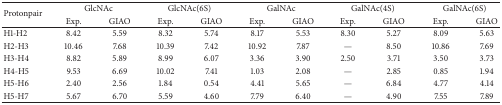
<table><thead><tr><td rowspan="2"><b>Protonpair</b></td><td colspan="2"><b>GlcNAc</b></td><td colspan="2"><b>GlcNAc(6S)</b></td><td colspan="2"><b>GalNAc </b></td><td colspan="2"><b>GalNAc(4S)</b></td><td colspan="2"><b>GalNAc(6S) </b></td></tr><tr><td><b>Exp.</b></td><td><b>GIAO </b></td><td><b>Exp. </b></td><td><b>GIAO </b></td><td><b>Exp.</b></td><td><b>GIAO </b></td><td><b>Exp. </b></td><td><b>GIAO </b></td><td><b>Exp. </b></td><td><b>GIAO </b></td></tr></thead><tbody><tr><td>H1-H2 </td><td>8.42</td><td>5.59</td><td>8.32</td><td>5.74</td><td>8.17</td><td>5.53</td><td>8.30</td><td>5.27</td><td>8.09</td><td>5.63</td></tr><tr><td>H2-H3 </td><td>10.46</td><td>7.68</td><td>10.39</td><td>7.42</td><td>10.92</td><td>7.87</td><td>—</td><td>8.50</td><td>10.86</td><td>7.69</td></tr><tr><td>H3-H4 </td><td>8.82</td><td>5.89</td><td>8.99</td><td>6.07</td><td>3.36</td><td>3.90</td><td>2.50</td><td>3.71</td><td>3.50</td><td>3.73</td></tr><tr><td>H4-H5 </td><td>9.53</td><td>6.69</td><td>10.02</td><td>7.41</td><td>1.03</td><td>2.08</td><td>—</td><td>2.85</td><td>0.85</td><td>1.94</td></tr><tr><td>H5-H6 </td><td>2.40</td><td>2.56</td><td>1.84</td><td>0.54</td><td>4.41</td><td>5.65</td><td>—</td><td>6.84</td><td>4.77</td><td>4.14</td></tr><tr><td>H5-H7 </td><td>5.67</td><td>6.70</td><td>5.59</td><td>4.60</td><td>7.79</td><td>6.40</td><td>—</td><td>4.90</td><td>7.55</td><td>7.89</td></tr></tbody></table>